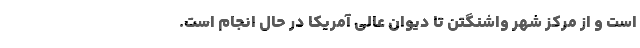
است و از مرکز شهر واشنگتن تا دیوان عالی آمریکا در حال انجام است.